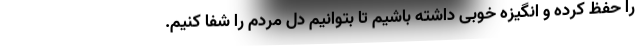
را حفظ کرده و انگیزه خوبی داشته باشیم تا بتوانیم دل مردم را شفا کنیم.